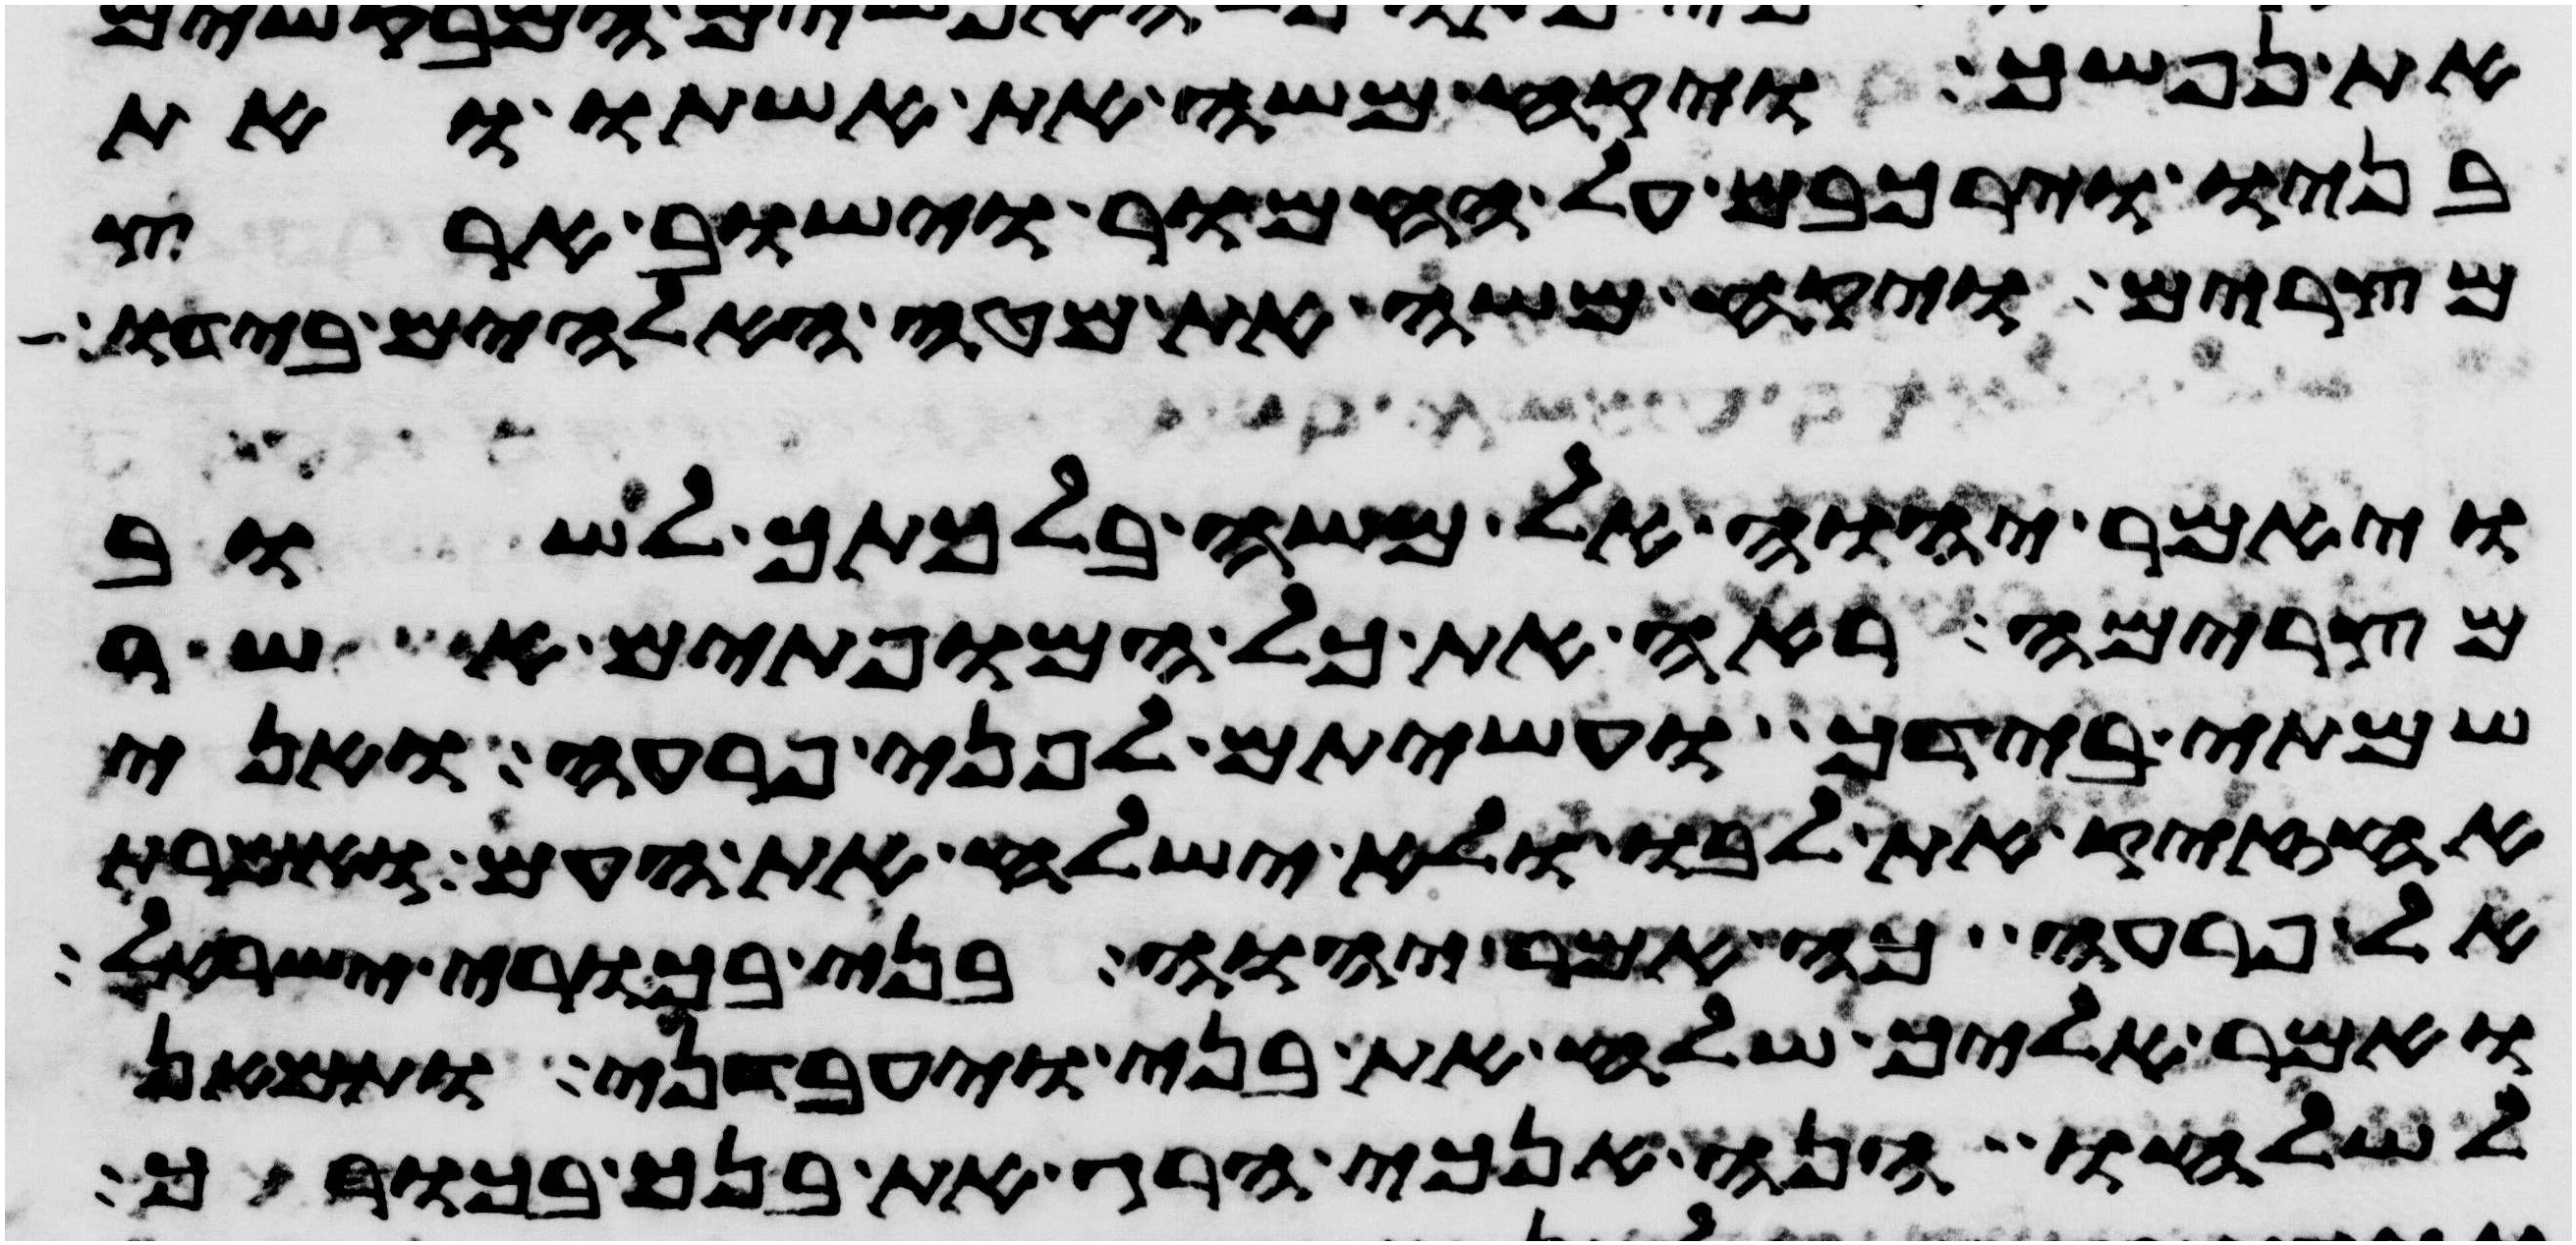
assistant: את נפשך ויקח משה את אשתו ואת
בניו וירכבם על החמור וישב ארץ
מצרים ויקח משה את מטה האלהים בידו
ויאמר יהוה אל משה בלכתך לשוב
מצרימה ראה את כל המופתים אשר
שמתי בידך ועשיתם לפני פרעה ואני
אחזיק את לבו ולא ישלח את העם ואמרת
אל פרעה כה אמר יהוה בני בכורי ישראל
ואמר אליך שלח את בני ויעבדני ותמאן
לשלחו הנה אנכי הרג את בנך בכורך